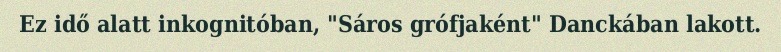
Ez idő alatt inkognitóban, "Sáros grófjaként" Danckában lakott.